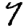
Digit: 7